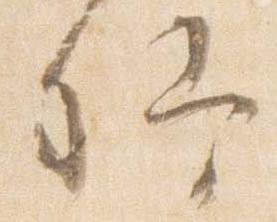
卿